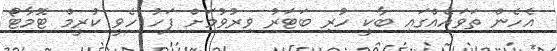
އެހެން ތަވައެއްގައި ބާކީ ހުރި ބަޓަރު ވިރުވުމަށް ފަހު ހެވީ ކުރީމް ޓޮމާޓޯ